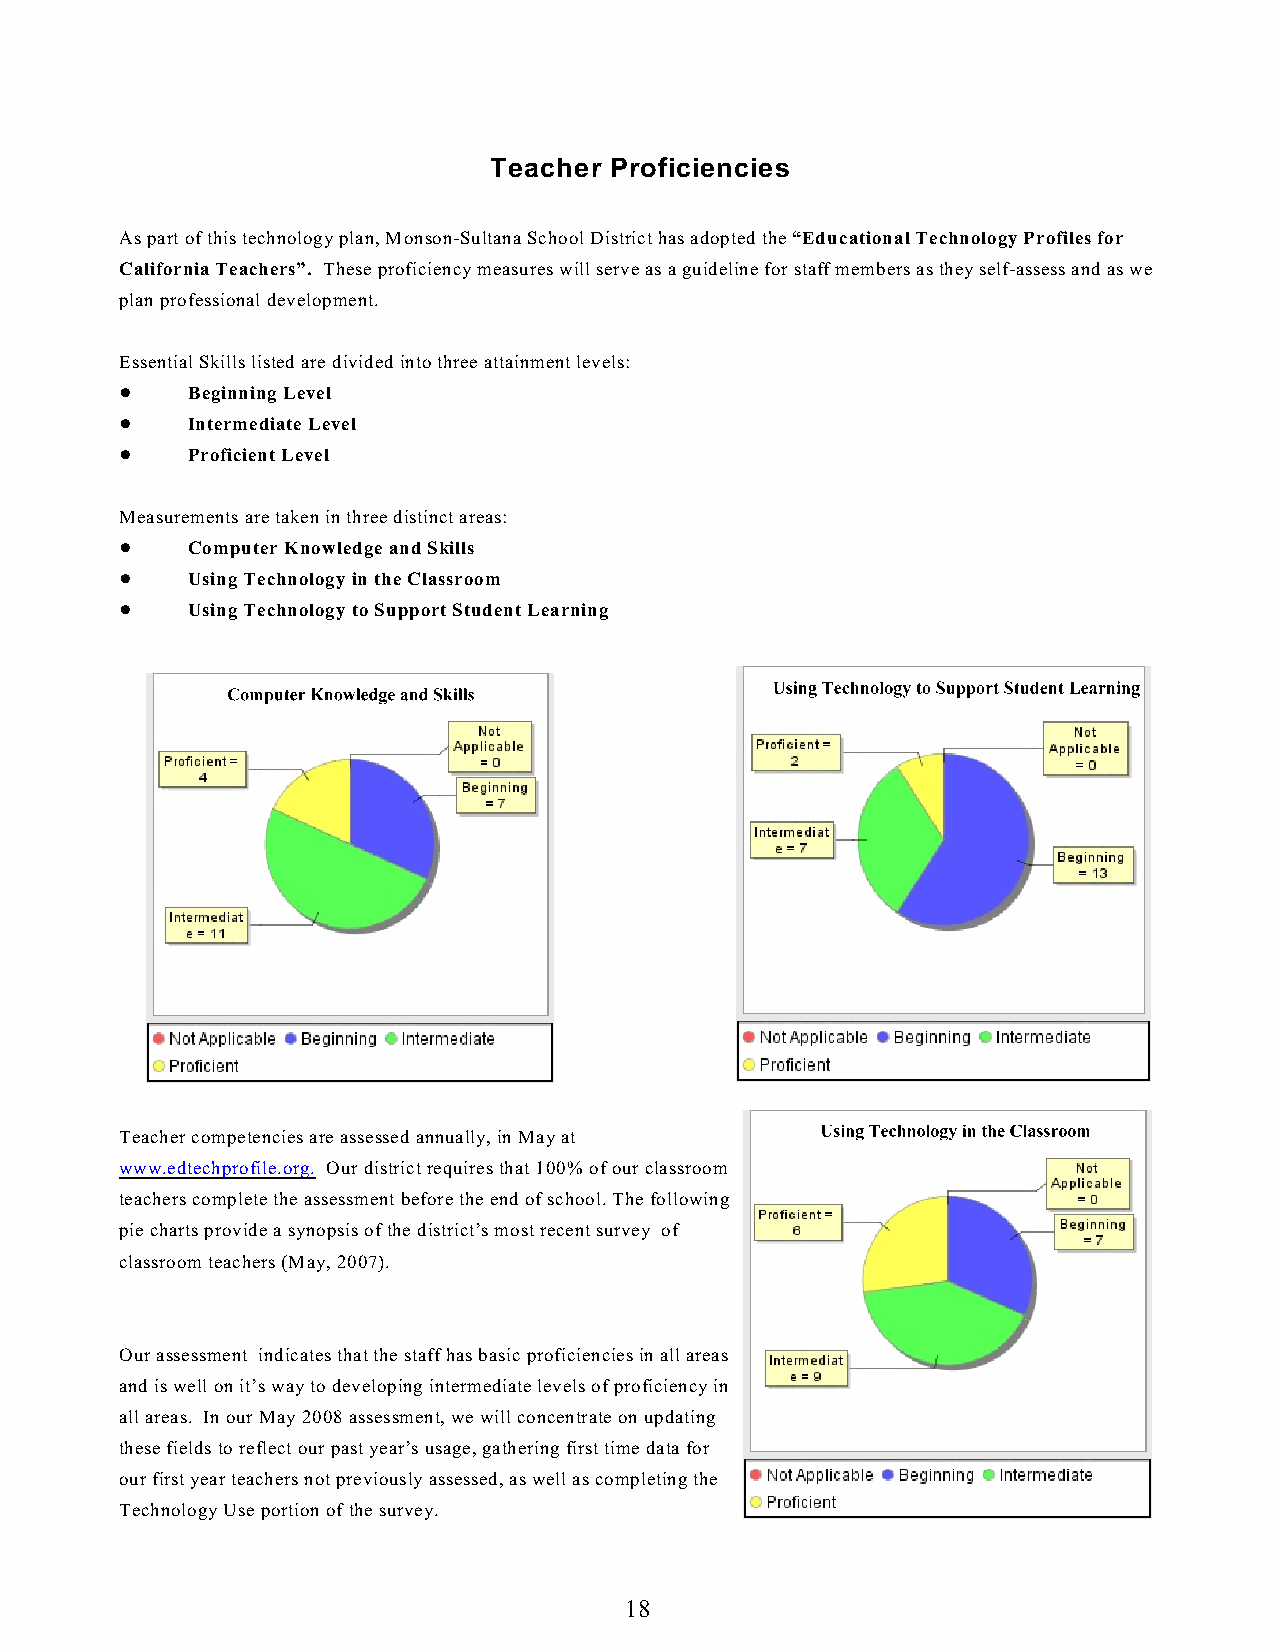
Teacher Proficiencies
 As part of this technology plan, Monson-Sultana School District has adopted the “Educational Technology Profiles for
 California Teachers”. These proficiency measures will serve as a guideline for staff members as they self-assess and as we
 plan professional development.
 Essential Skills listed are divided into three attainment levels:
 !   Beginning Level
 !   Intermediate Level
 !   Proficient Level
 Measurements are taken in three distinct areas:
 !   Computer Knowledge and Skills
 !   Using Technology in the Classroom
 !   Using Technology to Support Student Learning
 Teacher competencies are assessed annually, in May at
 www.edtechprofile.org. Our district requires that 100% of our classroom
 teachers complete the assessment before the end of school. The following
 pie charts provide a synopsis of the district’s most recent survey of
 classroom teachers (May, 2007).
 Our assessment indicates that the staff has basic proficiencies in all areas
 and is well on it’s way to developing intermediate levels of proficiency in
 all areas. In our May 2008 assessment, we will concentrate on updating
 these fields to reflect our past year’s usage, gathering first time data for
 our first year teachers not previously assessed, as well as completing the
 Technology Use portion of the survey.
 18